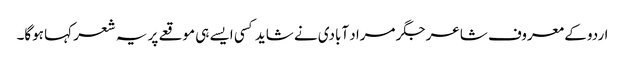
اردو کے معروف شاعر جگر مراد آبادی نے شاید کسی ایسے ہی موقعے پر یہ شعر کہا ہوگا۔